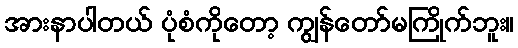
အားနာပါတယ် ပုံစံကိုတော့ ကျွန်တော်မကြိုက်ဘူး။